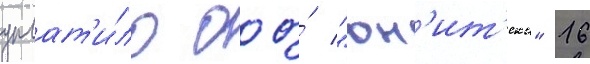
уплат'и́ло ооо́ "юн'ит'екс" 16